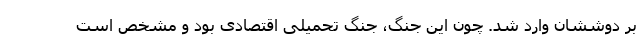
بر دوششان وارد شد. چون این جنگ، جنگ تحمیلی اقتصادی بود و مشخص است